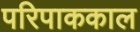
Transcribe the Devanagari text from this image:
परिपाककाल